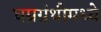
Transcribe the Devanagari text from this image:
घम्रग्रंथीमध्ये